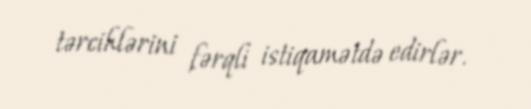
tərcihlərini fərqli istiqamətdə edirlər.